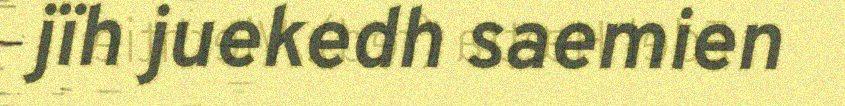
jïh juekedh saemien